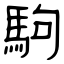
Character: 駒